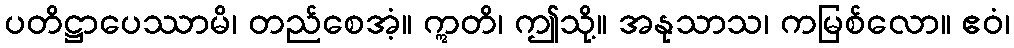
ပတိဋ္ဌာပေဿာမိ၊ တည်စေအံ့။ ဣတိ၊ ဤသို့။ အနုသာသ၊ ကမြစ်လော။ ဧဝံ၊